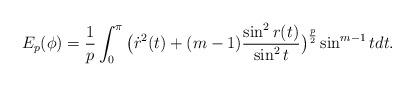
LaTeX: \begin{align*}E_p(\phi)=\frac{1}{p}\int_{0}^{\pi}\big(\dot r^2(t)+(m-1)\frac{\sin^2r(t)}{\sin^2t}\big)^\frac{p}{2}\sin^{m-1}tdt.\end{align*}